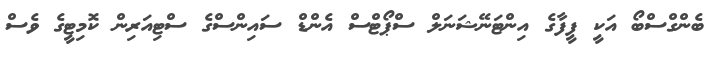
ބެންގްސްބޯ އަކީ ފީފާގެ އިންޓަނޭޝަނަލް ސްޕޯޓްސް އެންޑް ސައިންސްގެ ސްޓިއަރިން ކޮމިޓީގެ ވެސް